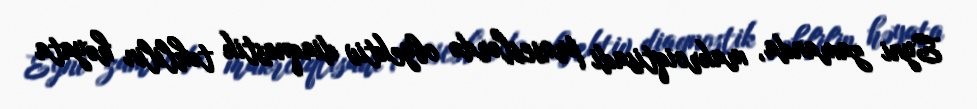
Eyni zamanda, makroiqtisadi proseslərdə obyektiv diaqnostik təhlilin həyata